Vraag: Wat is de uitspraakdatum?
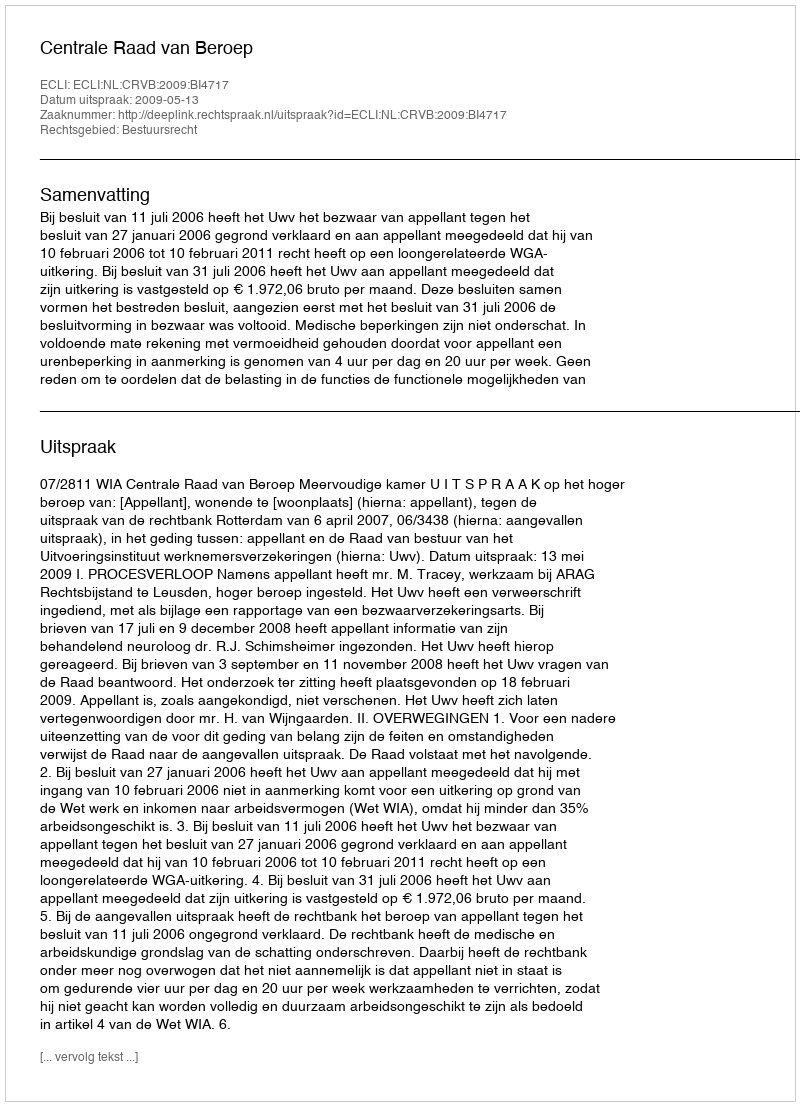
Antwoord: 2009-05-13